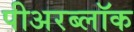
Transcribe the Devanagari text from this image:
पीअरब्लॉक